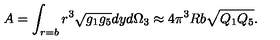
A = \int _ { r = b } r ^ { 3 } \sqrt { g _ { 1 } g _ { 5 } } d y d \Omega _ { 3 } \approx 4 \pi ^ { 3 } R b \sqrt { Q _ { 1 } Q _ { 5 } } .